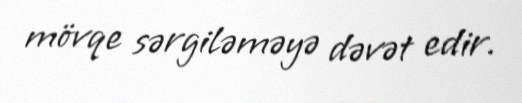
mövqe sərgiləməyə dəvət edir.